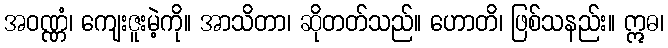
အဝဏ္ဏံ၊ ကျေးဇူးမဲ့ကို။ အာသိတာ၊ ဆိုတတ်သည်။ ဟောတိ၊ ဖြစ်သနည်း။ ဣဓ၊